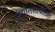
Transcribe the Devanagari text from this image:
संगीतसाथीतही